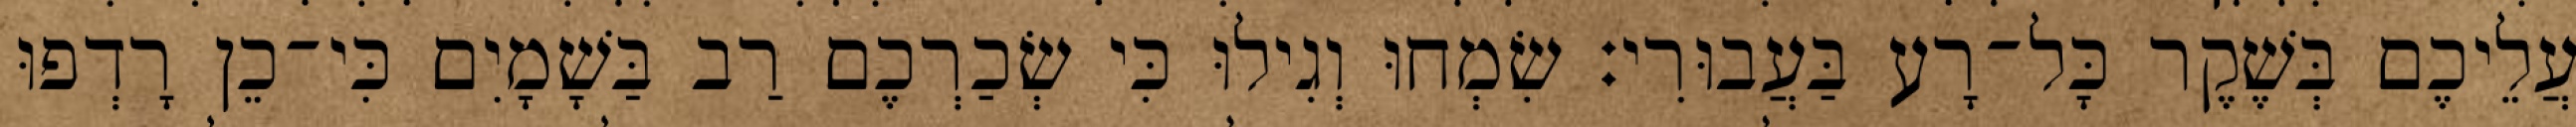
עֲלֵיכֶם בְּשֶׁקֶר כָּל־רָע בַּעֲבוּרִי׃ שִׂמְחוּ וְגִילוּ כִּי שְׂכַרְכֶם רַב בַּשָׁמָיִם כִּי־כֵן רָדְפוּ